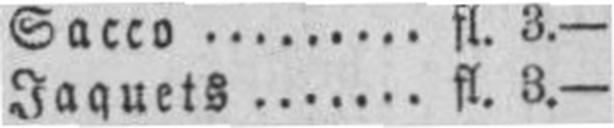
Jaquets fl. 3.—